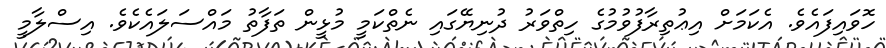
ހޮވައިފައެވެ. އެކަމަށް އިޢުތިރާފުވުމުގެ ހިތްވަރު ދުނިޔޭގައި ނެތްކަމީ މުޅީން ތަފާތު މައްސަލައެކެވެ. އިސްލާމީ